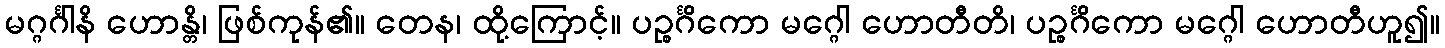
မဂ္ဂင်္ဂါနိ ဟောန္တိ၊ ဖြစ်ကုန်၏။ တေန၊ ထို့ကြောင့်။ ပဉ္စင်္ဂိကော မဂ္ဂေါ ဟောတီတိ၊ ပဉ္စင်္ဂိကော မဂ္ဂေါ ဟောတီဟူ၍။